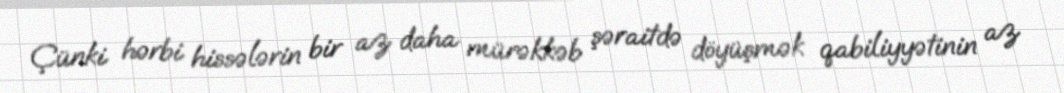
Çünki hərbi hissələrin bir az daha mürəkkəb şəraitdə döyüşmək qabiliyyətinin az